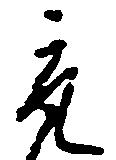
取